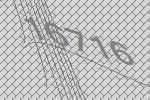
16716